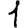
Digit: 1